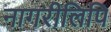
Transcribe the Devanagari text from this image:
नागरीलिपि